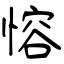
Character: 愹